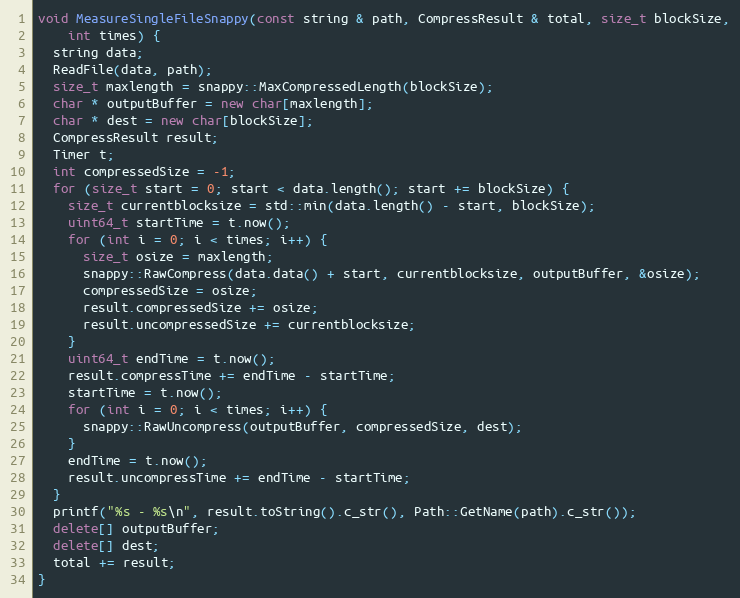
Language: C++
void MeasureSingleFileSnappy(const string & path, CompressResult & total, size_t blockSize,
    int times) {
  string data;
  ReadFile(data, path);
  size_t maxlength = snappy::MaxCompressedLength(blockSize);
  char * outputBuffer = new char[maxlength];
  char * dest = new char[blockSize];
  CompressResult result;
  Timer t;
  int compressedSize = -1;
  for (size_t start = 0; start < data.length(); start += blockSize) {
    size_t currentblocksize = std::min(data.length() - start, blockSize);
    uint64_t startTime = t.now();
    for (int i = 0; i < times; i++) {
      size_t osize = maxlength;
      snappy::RawCompress(data.data() + start, currentblocksize, outputBuffer, &osize);
      compressedSize = osize;
      result.compressedSize += osize;
      result.uncompressedSize += currentblocksize;
    }
    uint64_t endTime = t.now();
    result.compressTime += endTime - startTime;
    startTime = t.now();
    for (int i = 0; i < times; i++) {
      snappy::RawUncompress(outputBuffer, compressedSize, dest);
    }
    endTime = t.now();
    result.uncompressTime += endTime - startTime;
  }
  printf("%s - %s\n", result.toString().c_str(), Path::GetName(path).c_str());
  delete[] outputBuffer;
  delete[] dest;
  total += result;
}